Annual report of the Punjab Veterinary College and of the Civil Veterinary Department, Punjab - 1894-1908
Year: 1894
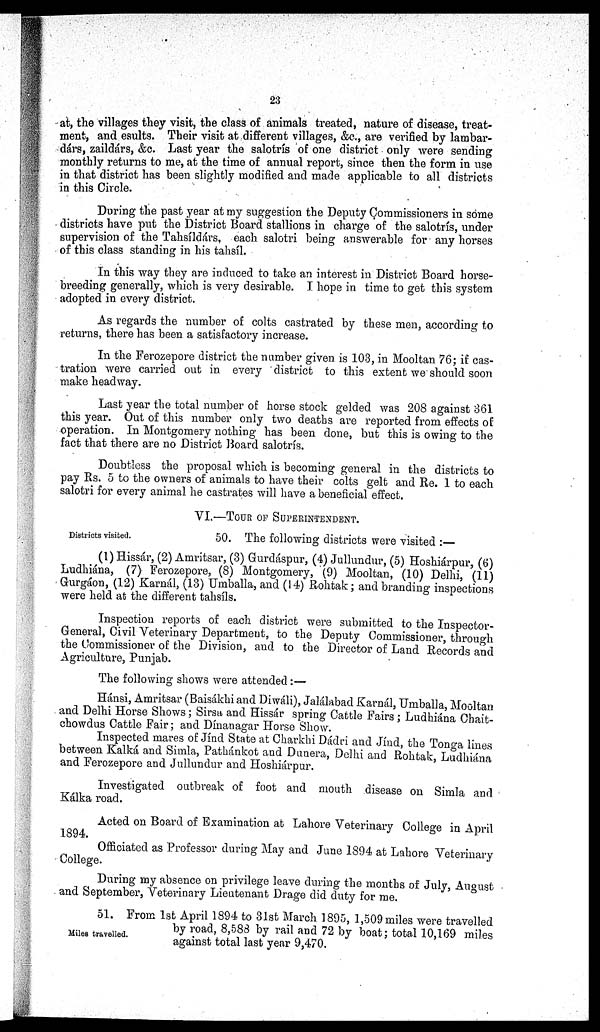
23
at, the villages they visit, the class of animals treated, nature of disease, treat-
ment, and esults. Their visit at different villages, &c., are verified by lambar-
dárs, zaildárs, &c. Last year the salotrís of one district only were sending
monthly returns to me, at the time of annual report, since then the form in use
in that district has been slightly modified and made applicable to all districts
in this Circle.
During the past year at my suggestion the Deputy Commissioners in some
districts have put the District Board stallions in charge of the salotrís, under
supervision of the Tahsíldárs, each salotri being answerable for any horses
of this class standing in his tahsíl.
In this way they are induced to take an interest in District Board horse-
breeding generally, which is very desirable. I hope in time to get this system
adopted in every district.
As regards the number of colts castrated by these men, according to
returns, there has been a satisfactory increase.
In the Ferozepore district the number given is 103, in Mooltan 76; if cas-
tration were carried out in every district to this extent we should soon
make headway.
Last year the total number of horse stock gelded was 208 against 361
this year. Out of this number only two deaths are reported from effects of
operation. In Montgomery nothing has been done, but this is owing to the
fact that there are no District Board salotrís.
Doubtless the proposal which is becoming general in the districts to
pay Rs. 5 to the owners of animals to have their colts gelt and Re. 1 to each
salotri for every animal he castrates will have a beneficial effect.
VI.—TOUR OF SUPERINTENDENT.
Districts visited.
50. The following districts were visited:—
(1) Hissár, (2) Amritsar, (3) Gurdáspur, (4) Jullundur, (5) Hoshiárpur, (6)
Ludhiána, (7) Ferozepore, (8) Montgomery, (9) Mooltan, (10) Delhi, (11)
Grurgáon, (12) Karnál, (13) Umballa, and (14) Rohtak; and branding inspections
were held at the different tahsíls.
Inspection reports of each district were submitted to the Inspector-
General, Civil Veterinary Department, to the Deputy Commissioner, through
the Commissioner of the Division, and to the Director of Land Records and
Agriculture, Punjab.
The following shows were attended:—
Hánsi, Amritsar (Baisákhi and Diwáli), Jalálabad Karnál, Umballa, Mooltan
and Delhi Horse Shows; Sirsa and Hissár spring Cattle Fairs; Ludhiána Chait-
chowdus Cattle Fair; and Dínanagar Horse Show.
Inspected mares of Jínd State at Charkhi Dádri and Jind, the Tonga lines
between Kalká and Simla, Pathánkot and Dunera, Delhi and Rohtak, Ludhiána
and Ferozepore and Jullundur and Hoshiárpur.
Investigated outbreak of foot and mouth disease on Simla and
Kálka road.
Acted on Board of Examination at Lahore Veterinary College in April
1894.
Officiated as Professor during May and June 1894 at Lahore Veterinary
College.
During my absence on privilege leave during the months of July, August
and September, Veterinary Lieutenant Drage did duty for me.
Miles travelled.
51. From 1st April 1894 to 31st March 1895, 1,509 miles were travelled
by road, 8,588 by rail and 72 by boat; total 10,169 miles
against total last year 9,470.